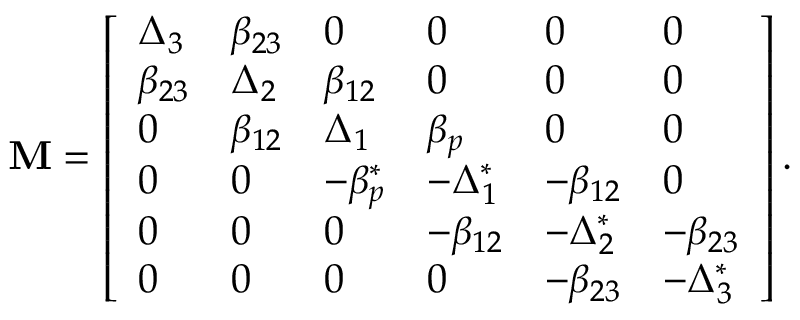
\mathbf { M } = \left[ \begin{array} { l l l l l l } { \Delta _ { 3 } } & { \beta _ { 2 3 } } & { 0 } & { 0 } & { 0 } & { 0 } \\ { \beta _ { 2 3 } } & { \Delta _ { 2 } } & { \beta _ { 1 2 } } & { 0 } & { 0 } & { 0 } \\ { 0 } & { \beta _ { 1 2 } } & { \Delta _ { 1 } } & { \beta _ { p } } & { 0 } & { 0 } \\ { 0 } & { 0 } & { - \beta _ { p } ^ { * } } & { - \Delta _ { 1 } ^ { * } } & { - \beta _ { 1 2 } } & { 0 } \\ { 0 } & { 0 } & { 0 } & { - \beta _ { 1 2 } } & { - \Delta _ { 2 } ^ { * } } & { - \beta _ { 2 3 } } \\ { 0 } & { 0 } & { 0 } & { 0 } & { - \beta _ { 2 3 } } & { - \Delta _ { 3 } ^ { * } } \end{array} \right] .